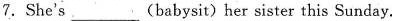
7. She's.___(babysit)her sister this Sunday.